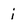
Character: i